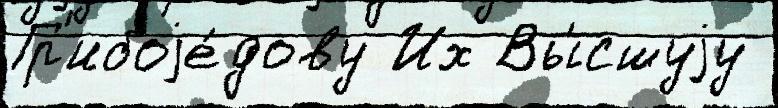
Гр'ибоjе́дову Их Вы́сшуjу